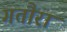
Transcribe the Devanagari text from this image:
गतौरा